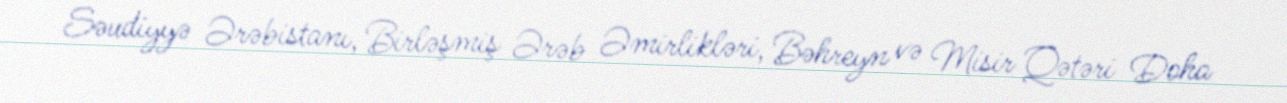
Səudiyyə Ərəbistanı, Birləşmiş Ərəb Əmirlikləri, Bəhreyn və Misir Qətəri Doha